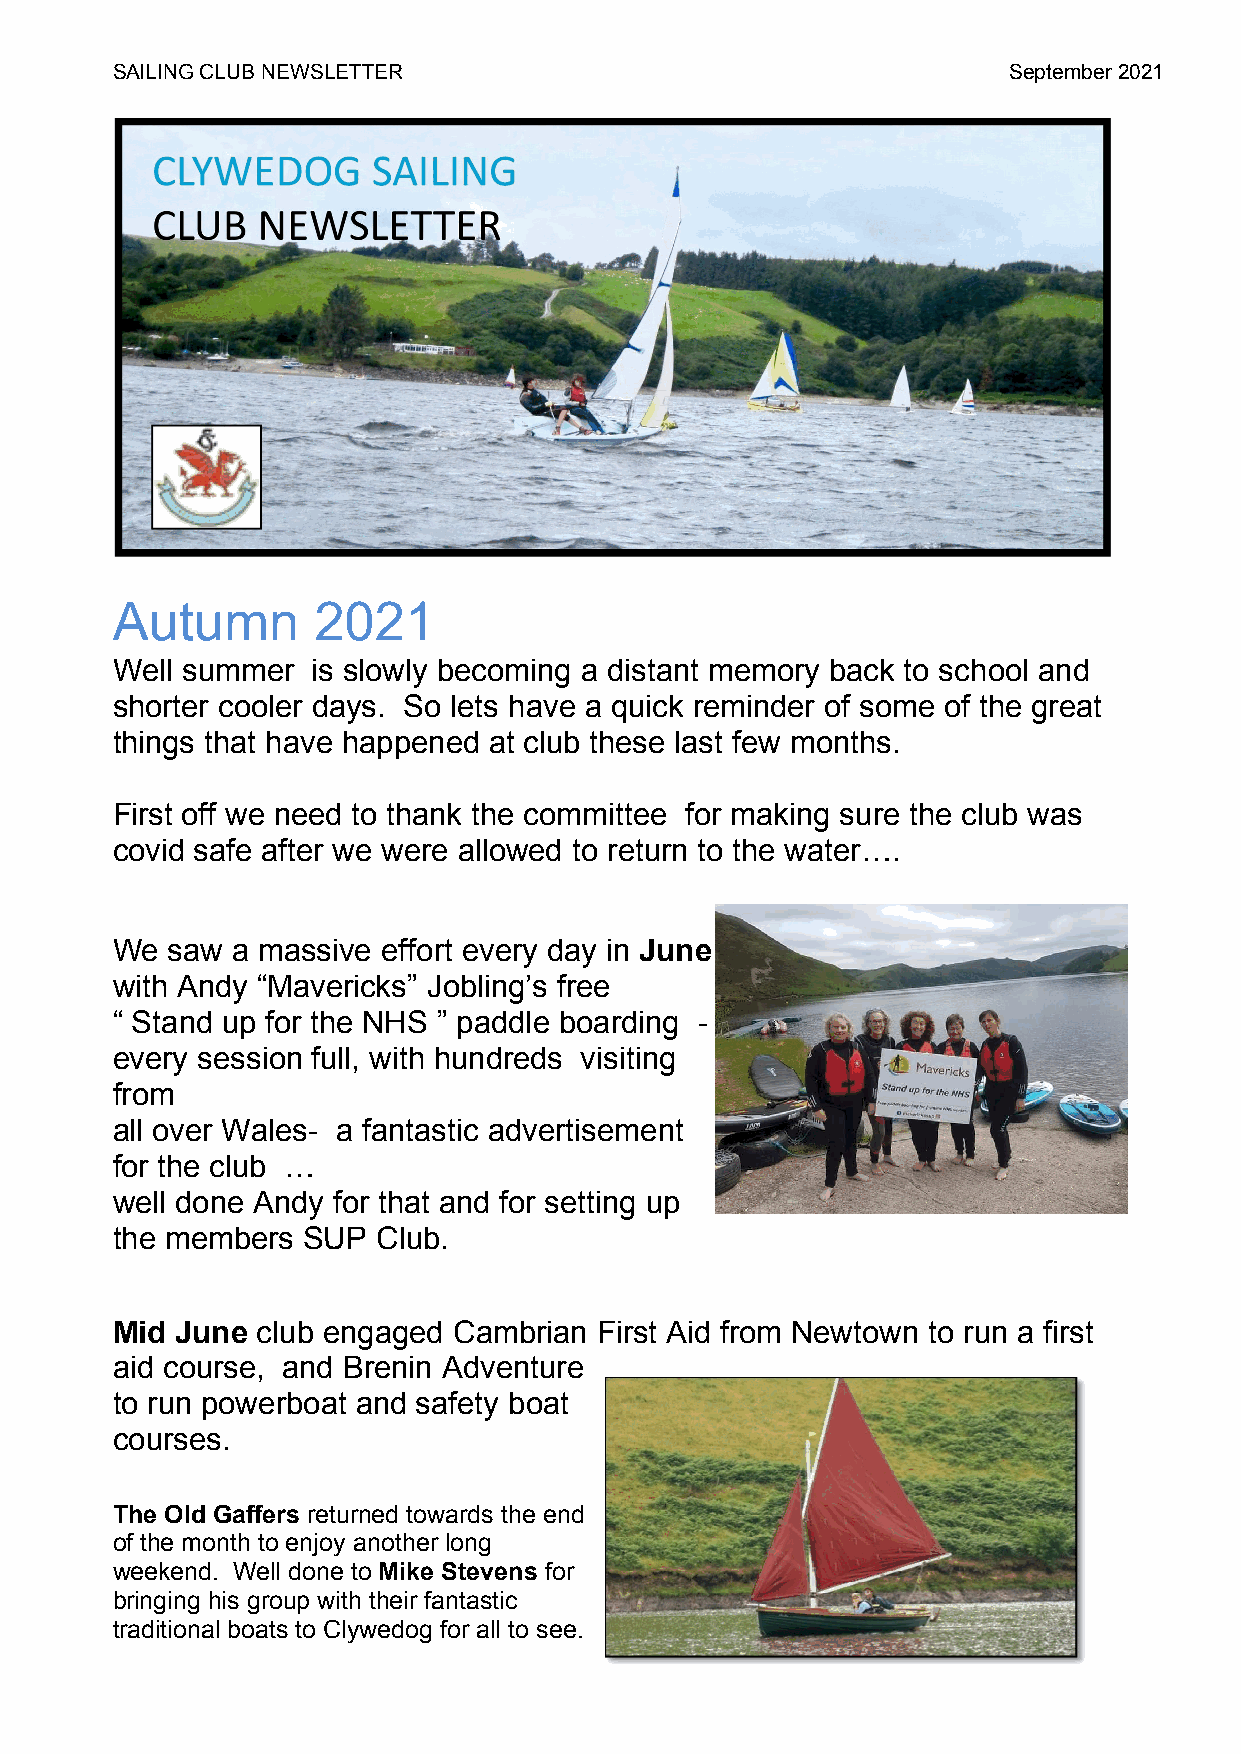
SAILING CLUB NEWSLETTER                                     September 2021
 Autumn        2021
 Well summer   is slowly becoming a distant memory back to school and
 shorter cooler days. So lets have a quick reminder of some of the great
 things that have happened at club these last few months.
 First off we need to thank the committee for making sure the club was
 covid safe after we were allowed to return to the water….
 We  saw a massive effort every day in June
 with Andy “Mavericks” Jobling’s free
 “ Stand up for the NHS ” paddle boarding -
 every session full, with hundreds visiting
 from
 all over Wales- a fantastic advertisement
 for the club …
 well done Andy for that and for setting up
 the members  SUP  Club.
 Mid  June club engaged Cambrian  First Aid from Newtown to run a first
 aid course, and Brenin Adventure
 to run powerboat and safety boat
 courses.
 The Old Gaffers returned towards the end
 of the month to enjoy another long
 weekend. Well done to Mike Stevens for
 bringing his group with their fantastic
 traditional boats to Clywedog for all to see.